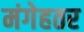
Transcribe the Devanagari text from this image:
मंगेहतर